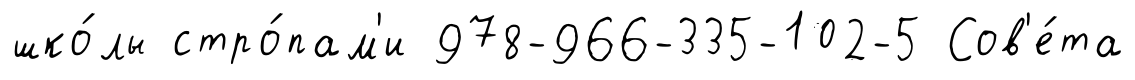
шко́лы стро́пам'и 978-966-335-102-5 Сов'е́та